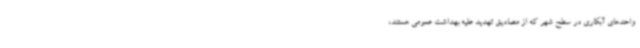
واحدهای آبکاری در سطح شهر که از مصادیق تهدید علیه بهداشت عمومی هستند،